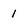
Character: 1